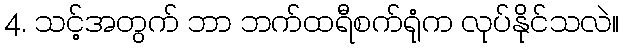
4. သင့်အတွက် ဘာ ဘက်ထရီစက်ရုံက လုပ်နိုင်သလဲ။